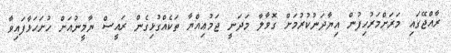
ރާއްޖޭގައި މަރަށްމަރުހިފުން އިޔާދަނުކުރުމަށް ގޮަވާލާ މަދަނީ ޖަމުޢިއްޔާ ތަކެއްގުޅިގެން ރައީސް ޔާމީނުއަށް ހުށަހަޅާފައިވާ